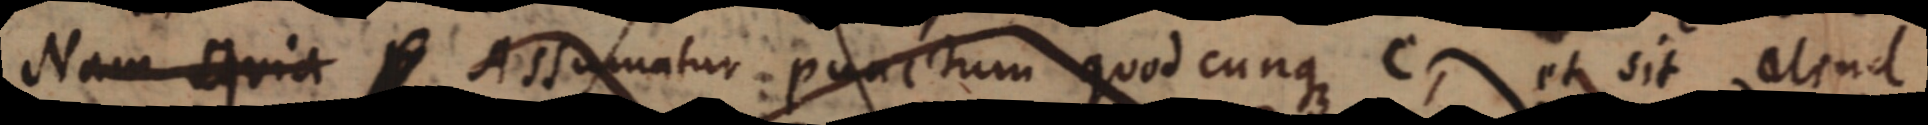
Nam quia Assumatur punctum quodcunque C et sit aliud